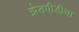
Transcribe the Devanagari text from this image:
झेडपीडीचा